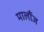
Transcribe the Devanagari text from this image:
मालौंज